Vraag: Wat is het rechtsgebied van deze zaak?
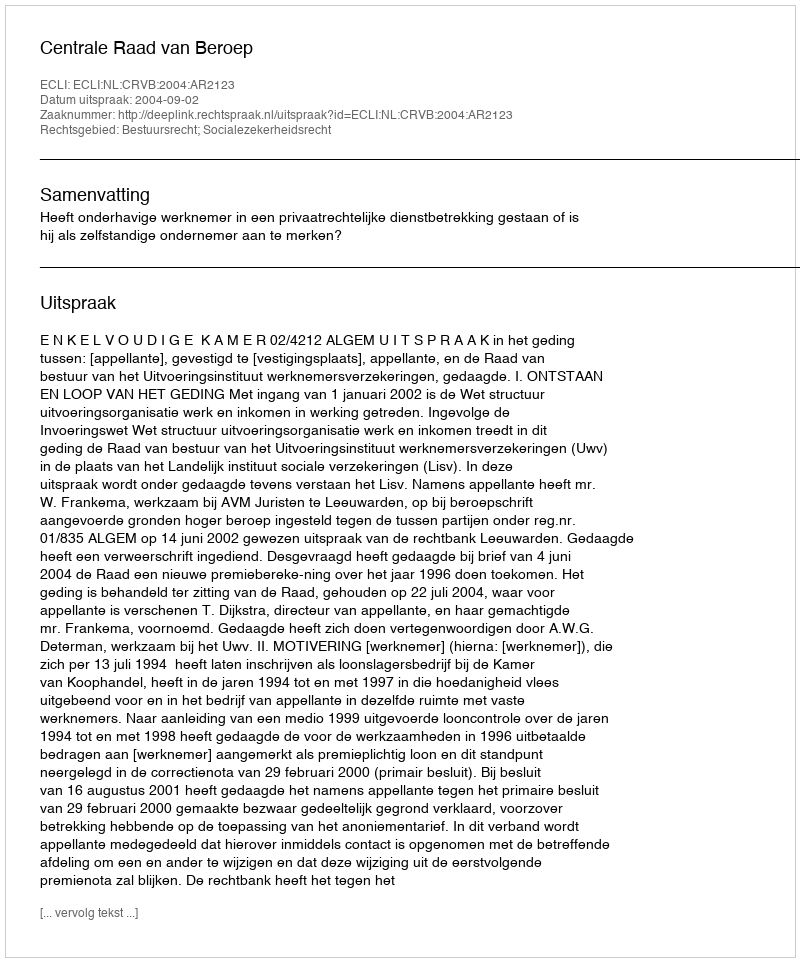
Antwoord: Bestuursrecht; Socialezekerheidsrecht